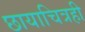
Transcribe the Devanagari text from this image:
छायाचित्रही